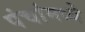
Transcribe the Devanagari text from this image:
पंचांमध्ये